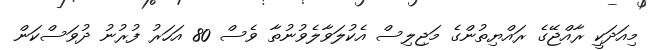
މިއަދަކީ ރާއްޖޭގެ ރައްޔިތުންގެ މަޖިލިސް އެކުލަވާލެވުނުތާ ވެސް 80 އަހަރު ފުރުނު ދުވަސްކަން